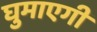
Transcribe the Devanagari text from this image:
घुमाएगी